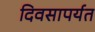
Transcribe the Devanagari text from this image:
दिवसापर्यत